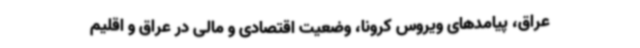
عراق، پیامدهای ویروس کرونا، وضعیت اقتصادی و مالی در عراق و اقلیم